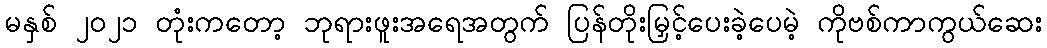
မနှစ် ၂၀၂၁ တုံးကတော့ ဘုရားဖူးအရေအတွက် ပြန်တိုးမြှင့်ပေးခဲ့ပေမဲ့ ကိုဗစ်ကာကွယ်ဆေး